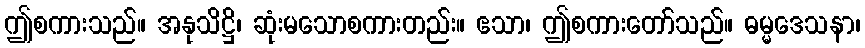
ဤစကားသည်။ အနုသိဋ္ဌိ၊ ဆုံးမသောစကားတည်း။ ဧသာ၊ ဤစကားတော်သည်။ ဓမ္မဒေသနာ၊